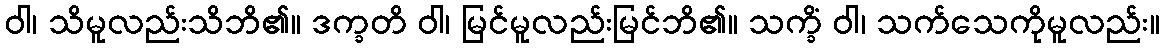
ဝါ၊ သိမူလည်းသိဘိ၏။ ဒက္ခတိ ဝါ၊ မြင်မူလည်းမြင်ဘိ၏။ သက္ခိံ ဝါ၊ သက်သေကိုမူလည်း။